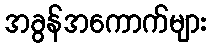
အခွန်အကောက်များ